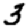
Digit: 3